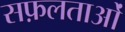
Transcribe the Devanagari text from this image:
सफ़लताओं